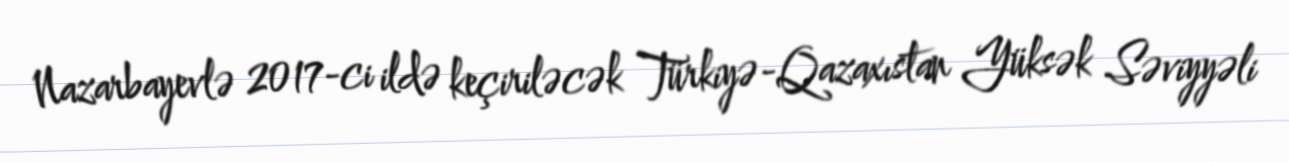
Nazarbayevlə 2017-ci ildə keçiriləcək Türkiyə-Qazaxıstan Yüksək Səviyyəli